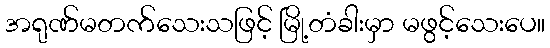
အရုဏ်မတက်သေးသဖြင့် မြို့တံခါးမှာ မဖွင့်သေးပေ။